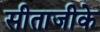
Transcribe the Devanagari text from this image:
सीताजीके